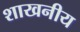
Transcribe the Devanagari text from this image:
शाखनीय